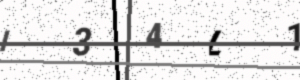
Text: I34L1